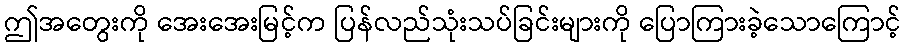
ဤအတွေးကို အေးအေးမြင့်က ပြန်လည်သုံးသပ်ခြင်းများကို ပြောကြားခဲ့သောကြောင့်